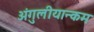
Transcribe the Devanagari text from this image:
अंगुलीयान्कम